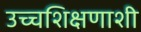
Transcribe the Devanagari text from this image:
उच्चशिक्षणाशी